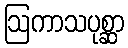
ဩကာသပုစ္ဆာ